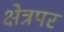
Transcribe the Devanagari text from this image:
क्षेत्रपर